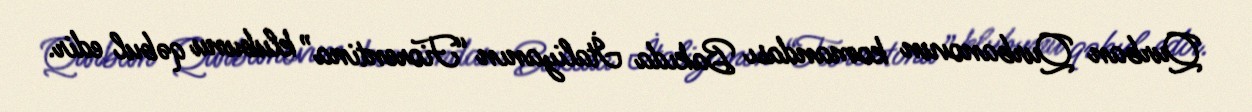
Qurban Qurbanovun komandası Bakıda İtaliyanın “Fiorentina” klubunu qəbul edir.